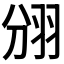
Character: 𮊺